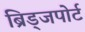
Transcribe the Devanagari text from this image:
ब्रिड्जपोर्ट